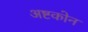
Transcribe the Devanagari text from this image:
अष्टकोन